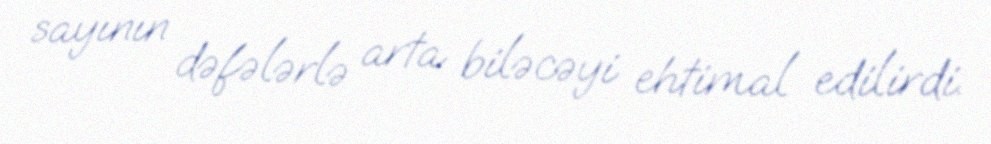
sayının dəfələrlə arta biləcəyi ehtimal edilirdi.